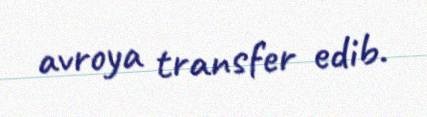
avroya transfer edib.